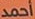
احمد